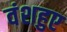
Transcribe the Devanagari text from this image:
वंशहुए